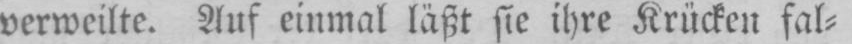
verweilte. Auf einmal läßt sie ihre Krücken fal⸗